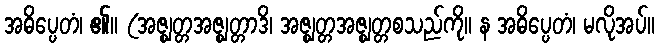
အဓိပ္ပေတံ၊ ၏။ (အဇ္ဈတ္တအဇ္ဈတ္တာဒိ၊ အဇ္ဈတ္တအဇ္ဈတ္တစသည်ကို။ န အဓိပ္ပေတံ၊ မလိုအပ်။